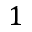
1